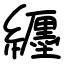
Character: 纒